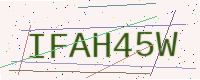
Text: IFAH45W